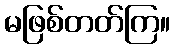
မဖြစ်တတ်ကြ။